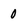
Character: 0